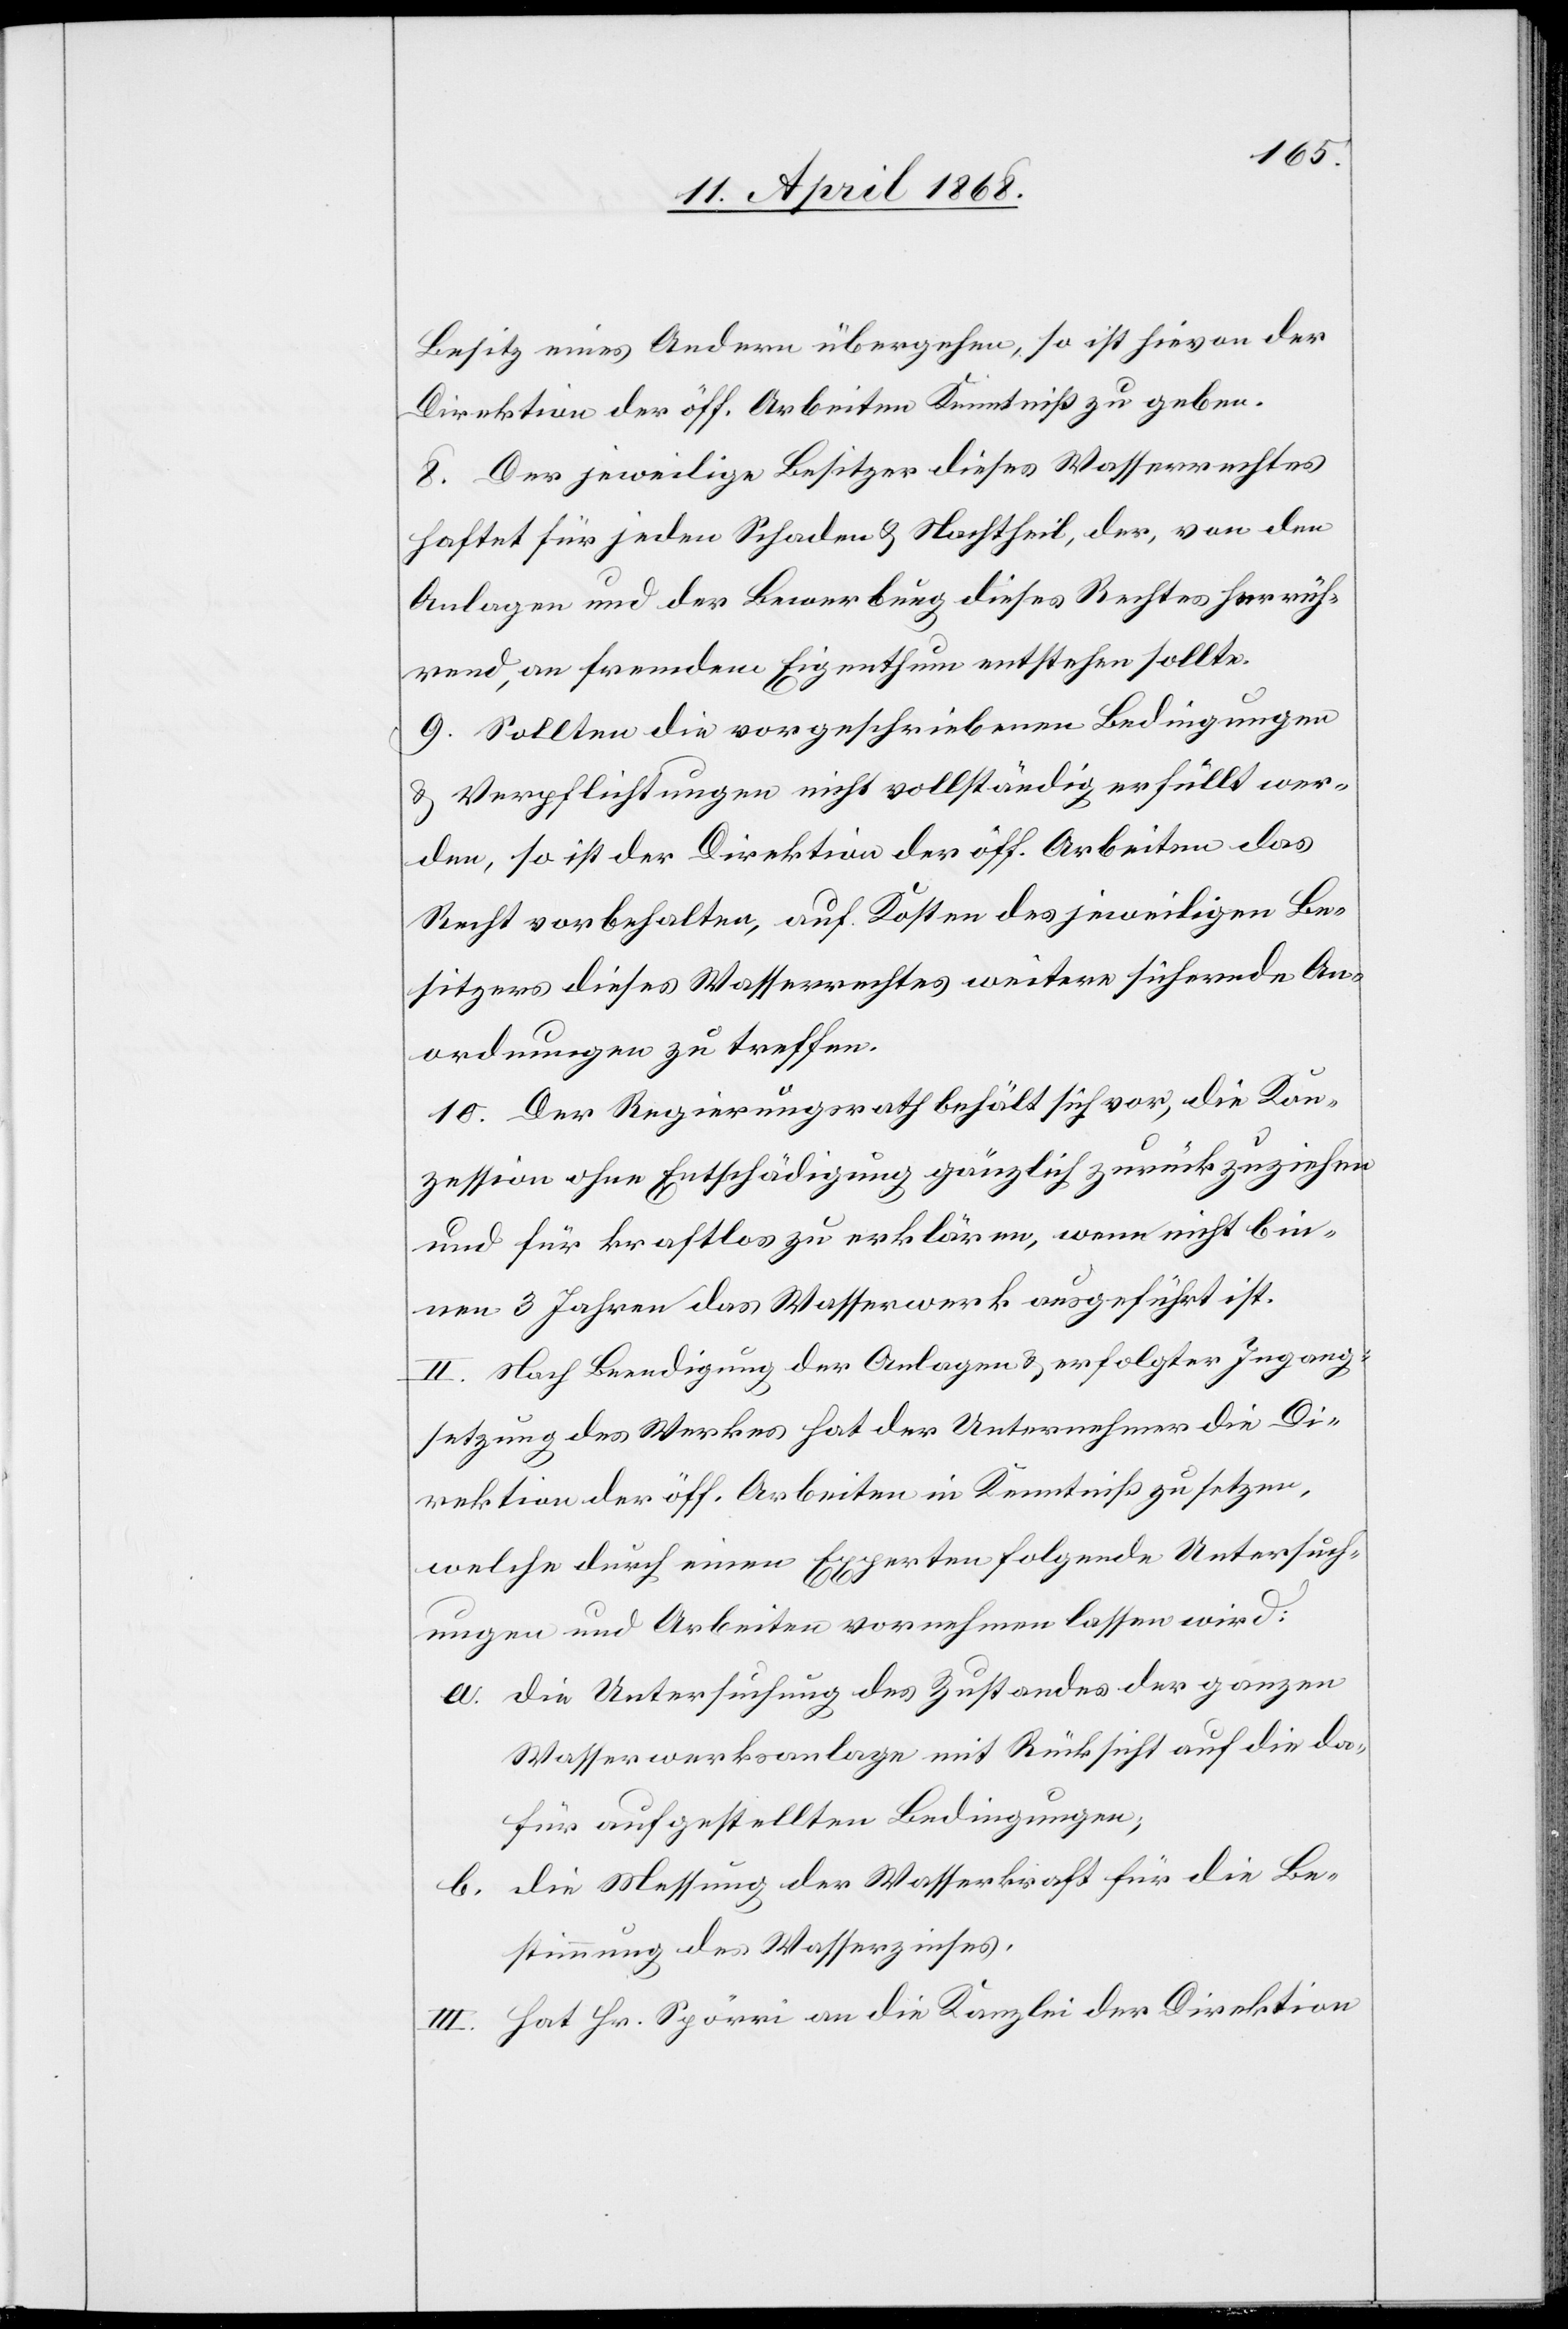
Besitz eines Andern übergehen, so ist hievon der
Direktion der öff. Arbeiten Kenntniß zu geben.
8. Der jeweilige Besitzer dieses Wasserrechtes
haftet für jeden Schaden & Nachtheil, der, von den
Anlagen und der Bewerbung dieses Rechtes herrüh¬
rend, an fremdem Eigenthum entstehen sollte.
9. Sollten die vorgeschriebenen Bedingungen
& Verpflichtungen nicht vollständig erfüllt wer¬
den, so ist der Direktion der öff. Arbeiten das
Recht vorbehalten, auf Kosten des jeweiligen Be¬
sitzers dieses Wasserrechtes weitere sichernde An¬
ordnungen zu treffen.
10. Der Regierungsrath behält sich vor, die Kon¬
zession ohne Entschädigung gänzlich zurückzuziehen
und für kraftlos zu erklären, wenn nicht bin¬
nen 3 Jahren das Wasserwerk ausgeführt ist.
II. Nach Beendigung der Anlagen & erfolgter Ingang¬
setzung des Werkes hat der Unternehmer die Di¬
rektion der öff. Arbeiten in Kenntniß zu setzen,
welche durch einen Experten folgende Untersuch¬
ungen und Arbeiten vornehmen lassen wird:
die Untersuchung des Zustandes der ganzen
Wasserwerksanlage mit Rücksicht auf die da¬
für aufgestellten Bedingungen;
die Messung der Wasserkraft für die Be¬
stimmung des Wasserzinses.
III. Hat Hr. Spörri an die Kanzlei der Direktion